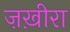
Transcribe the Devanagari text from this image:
ज़ख़ीरा